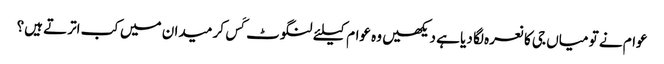
عوام نے تو میاں جی کا نعرہ لگا دیا ہے دیکھیں وہ عوام کیلئے لنگوٹ کَس کر میدان میں کب اترتے ہیں؟